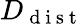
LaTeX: D_{\mathrm{~d~i~s~t~}}